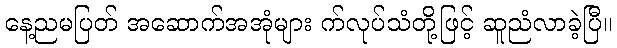
နေ့ညမပြတ် အဆောက်အအုံများ က်လုပ်သံတို့ဖြင့် ဆူညံလာခဲ့ပြီ။